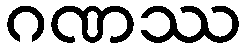
ဂဏဿ